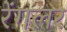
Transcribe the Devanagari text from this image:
रेंगलर